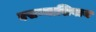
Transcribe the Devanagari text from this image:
बसण्याशिवाय